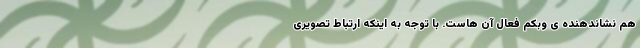
هم نشاندهنده ی وبکم فعال آن هاست. با توجه به اینکه ارتباط تصویری